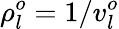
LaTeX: \rho_{l}^{o}=1/v_{l}^{o}